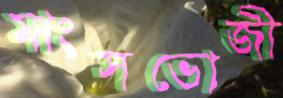
মাংসভোজী